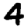
Digit: 4